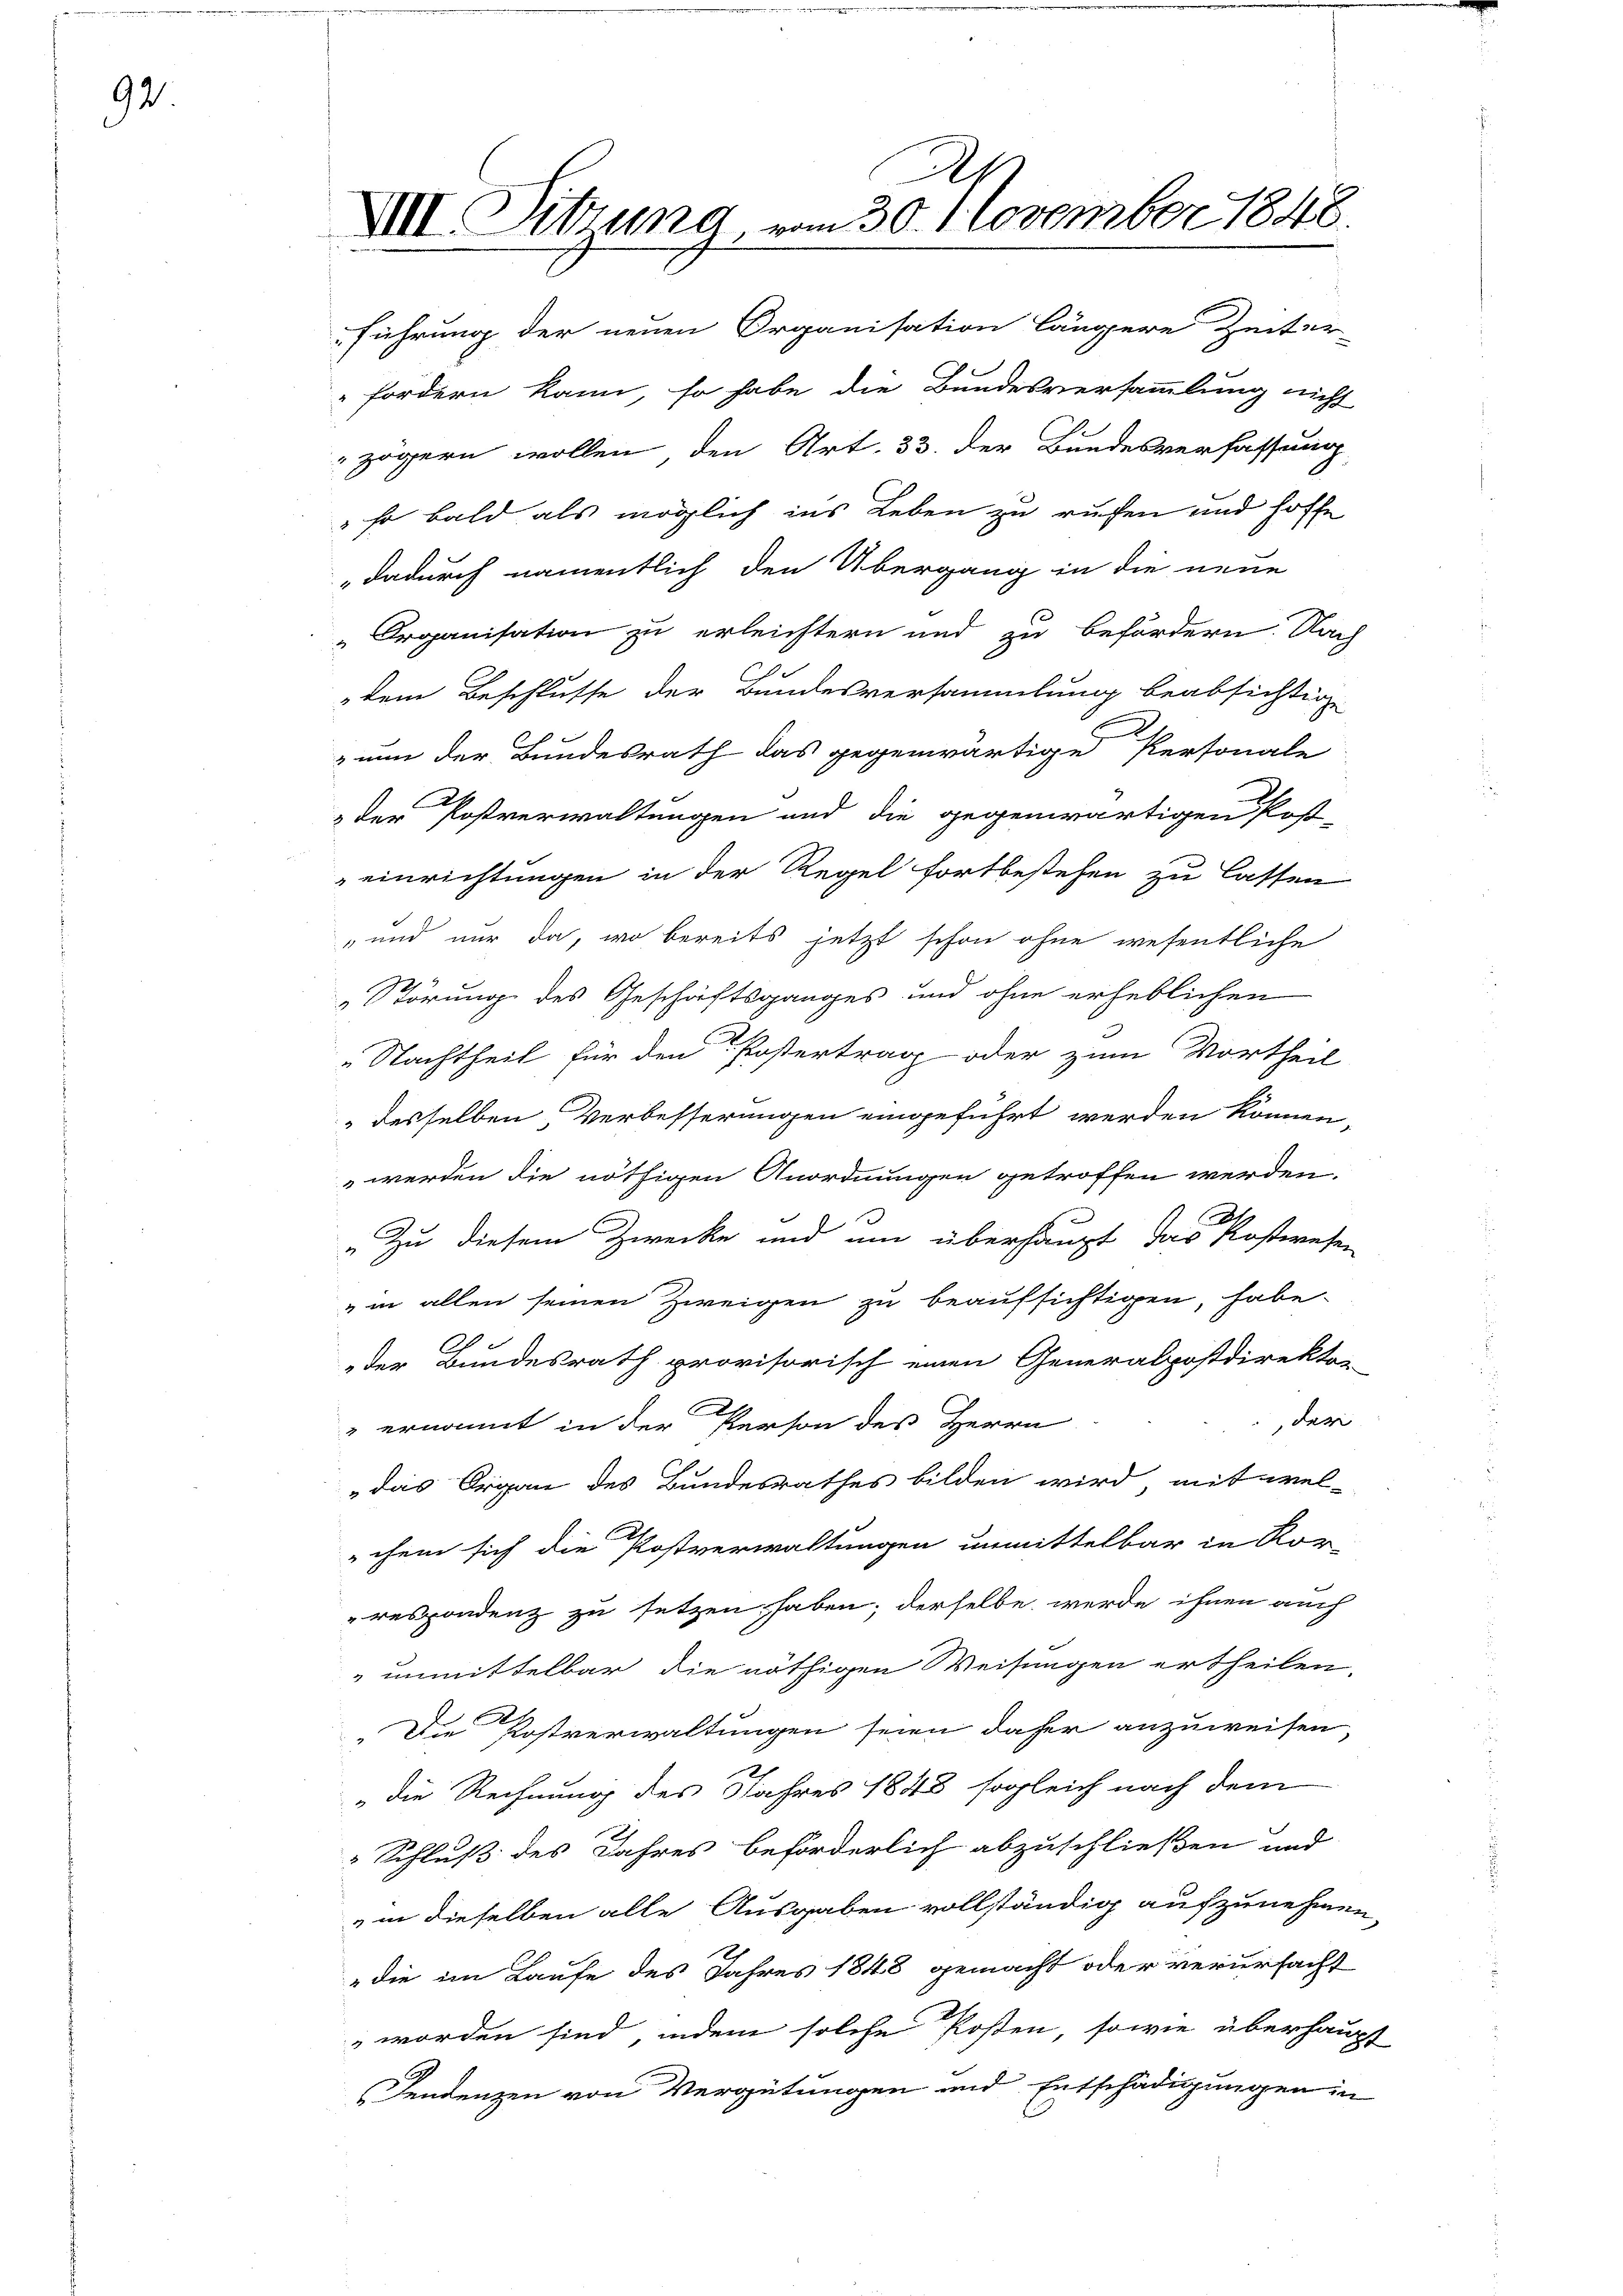
92

Ah
XII. Sitzung, vom 30. 1 November 1848.

führung der neuen Organisation längere Zeiter-
fordern kann, so habe die Bundesversammlung nicht
zögern wollen, den Art. 33. der Bundesverfassung
" so bald als möglich ins Leben zu rufen und hoffe
dadurch namentlich den Übergang in die neue
„Organisation zu erleichtern und zu befördern. Nach
dem Beschlusse der Bundesversammlung beabsichtig
z um der Bundesrath das gegenwärtige Personale
der Postverwaltungen und die gegenwärtigen Post-
einrichtungen in der Regel fortbestehen zu lassen
„und nur da, wo bereits jetzt schon ohne wesentliche
Störung des Geschäftsganges und ohne erheblichen
Nachtheil für den Postertrag oder zum Vortheil
 desselben Verbesserungen eingeführt werden können,
 werden die nöthigen Anordnungen getroffen werden.
D
Zu diesem Zwecke und um überhaupt das Postwesen
" in allen seinen Zweigen zu beaufsichtigen, habe

der Bundesrath provisorisch einen Generalpostdirekton
der
" ernannt in der Person des Herrn
das Organ des Bundesrathes bilden wird, mit wel-
chem sich die Postverwaltungen unmittelbar in Vor-
respondenz zu setzen haben, derselbe werde ihnen auch
unmittelbar die nöthigen Weisungen ertheilen.
Die Postverwaltungen seien daher anzuweisen,
"die Rechnung des Jahres 1848 sogleich nach dem
Schluß des Jahres beförderlich abzuschließen und
" in dieselben alle Ausgaben vollständig aufzunehmen,
die im Laufe des Jahres 1848 gemacht oder verursacht
 worden sind, indem solche Posten, sowie überhaupt
dendenzen von Vergütungen und Entschädigungen in